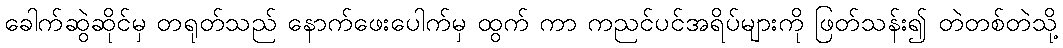
ခေါက်ဆွဲဆိုင်မှ တရုတ်သည် နောက်ဖေးပေါက်မှ ထွက် ကာ ကညင်ပင်အရိပ်များကို ဖြတ်သန်း၍ တဲတစ်တဲသို့